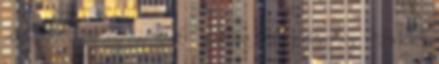
darabokban az argentinok - galéria Húsz év után Messiék